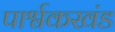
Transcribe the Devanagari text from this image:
पार्श्वकखंड